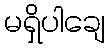
မရှိပါချေ